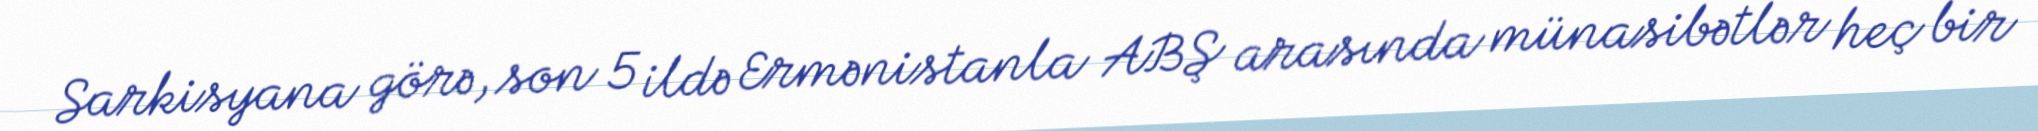
Sarkisyana görə, son 5 ildə Ermənistanla ABŞ arasında münasibətlər heç bir